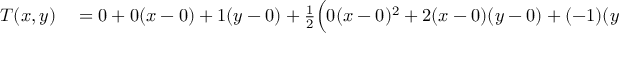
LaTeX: \begin{array} { r l } { T ( x , y ) } & { { } = 0 + 0 ( x - 0 ) + 1 ( y - 0 ) + { \frac { 1 } { 2 } } { \Big ( } 0 ( x - 0 ) ^ { 2 } + 2 ( x - 0 ) ( y - 0 ) + ( - 1 ) ( y - 0 ) ^ { 2 } { \Big ) } + \cdots } \end{array}